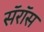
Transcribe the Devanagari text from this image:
सॅरॉस